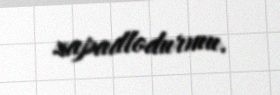
zapadlodurmu.